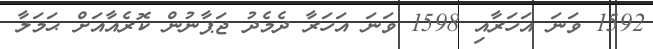
1592 ވަނަ އަހަރާއި 1598 ވަނަ އަހަރާ ދެމެދު ޖަޕާނުން ކޮރެއާއަށް ޙަމަލާ